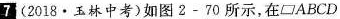
7(2018·玉林中考)如图2-70所示，在□ABCD